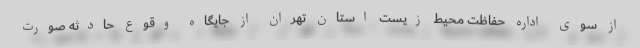
از سوی اداره حفاظت محیط زیست استان تهران از جایگاه وقوع حادثه صورت